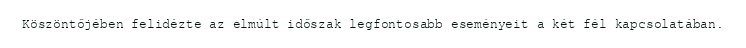
Köszöntőjében felidézte az elmúlt időszak legfontosabb eseményeit a két fél kapcsolatában.